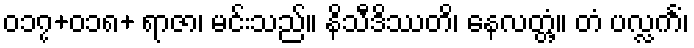
၀၁၇+၀၁၈+ ရာဇာ၊ မင်းသည်။ နိသီဒိဿတိ၊ နေလတ္တံ့။ တံ ပလ္လင်္ကံ၊